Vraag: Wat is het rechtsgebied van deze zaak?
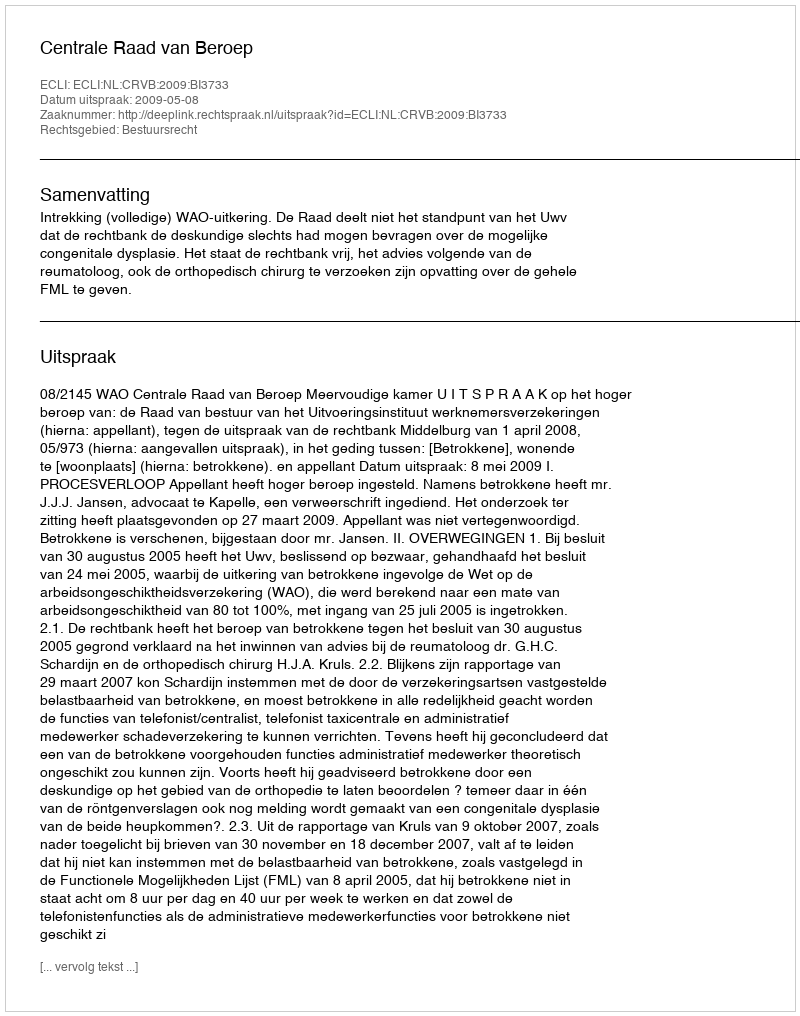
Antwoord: Bestuursrecht